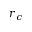
r _ { c }